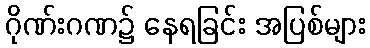
ဂိုဏ်းဂဏ၌ နေရခြင်း အပြစ်များ